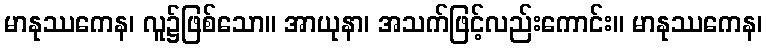
မာနုဿကေန၊ လူ၌ဖြစ်သော။ အာယုနာ၊ အသက်ဖြင့်လည်းကောင်း။ မာနုဿကေန၊